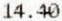
14.40